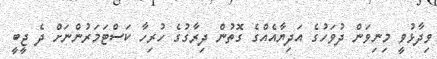
ވިދާޅުވީ މިނިވަން ދުވަހުގެ އަދިޔާއެއްގެ ގޮތުން ދިރާގުގެ ހުރިހާ ކަސްޓަމަރުންނަށް ދެ ޖީބީ